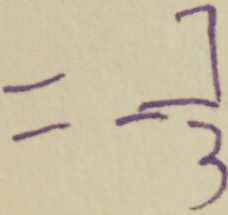
= - \frac { 7 } { 3 }